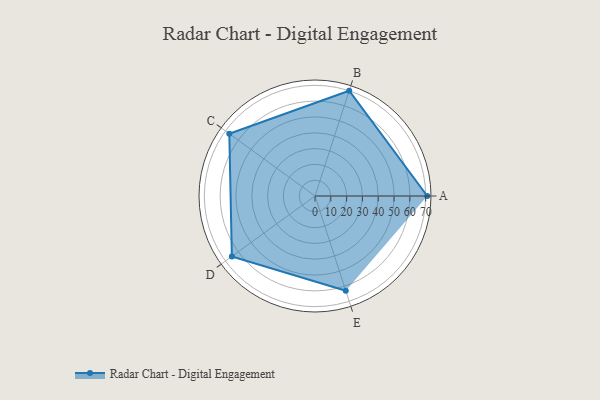
{"axis": {"x": "Skill", "y": "Score"}, "legend": ["Profile"], "data": [{"x": "A", "y": 71.0, "type": "Profile"}, {"x": "B", "y": 70.0, "type": "Profile"}, {"x": "C", "y": 67.0, "type": "Profile"}, {"x": "D", "y": 65.0, "type": "Profile"}, {"x": "E", "y": 63.0, "type": "Profile"}]}